Vana-Antsla_vallavalitsus, lk 12
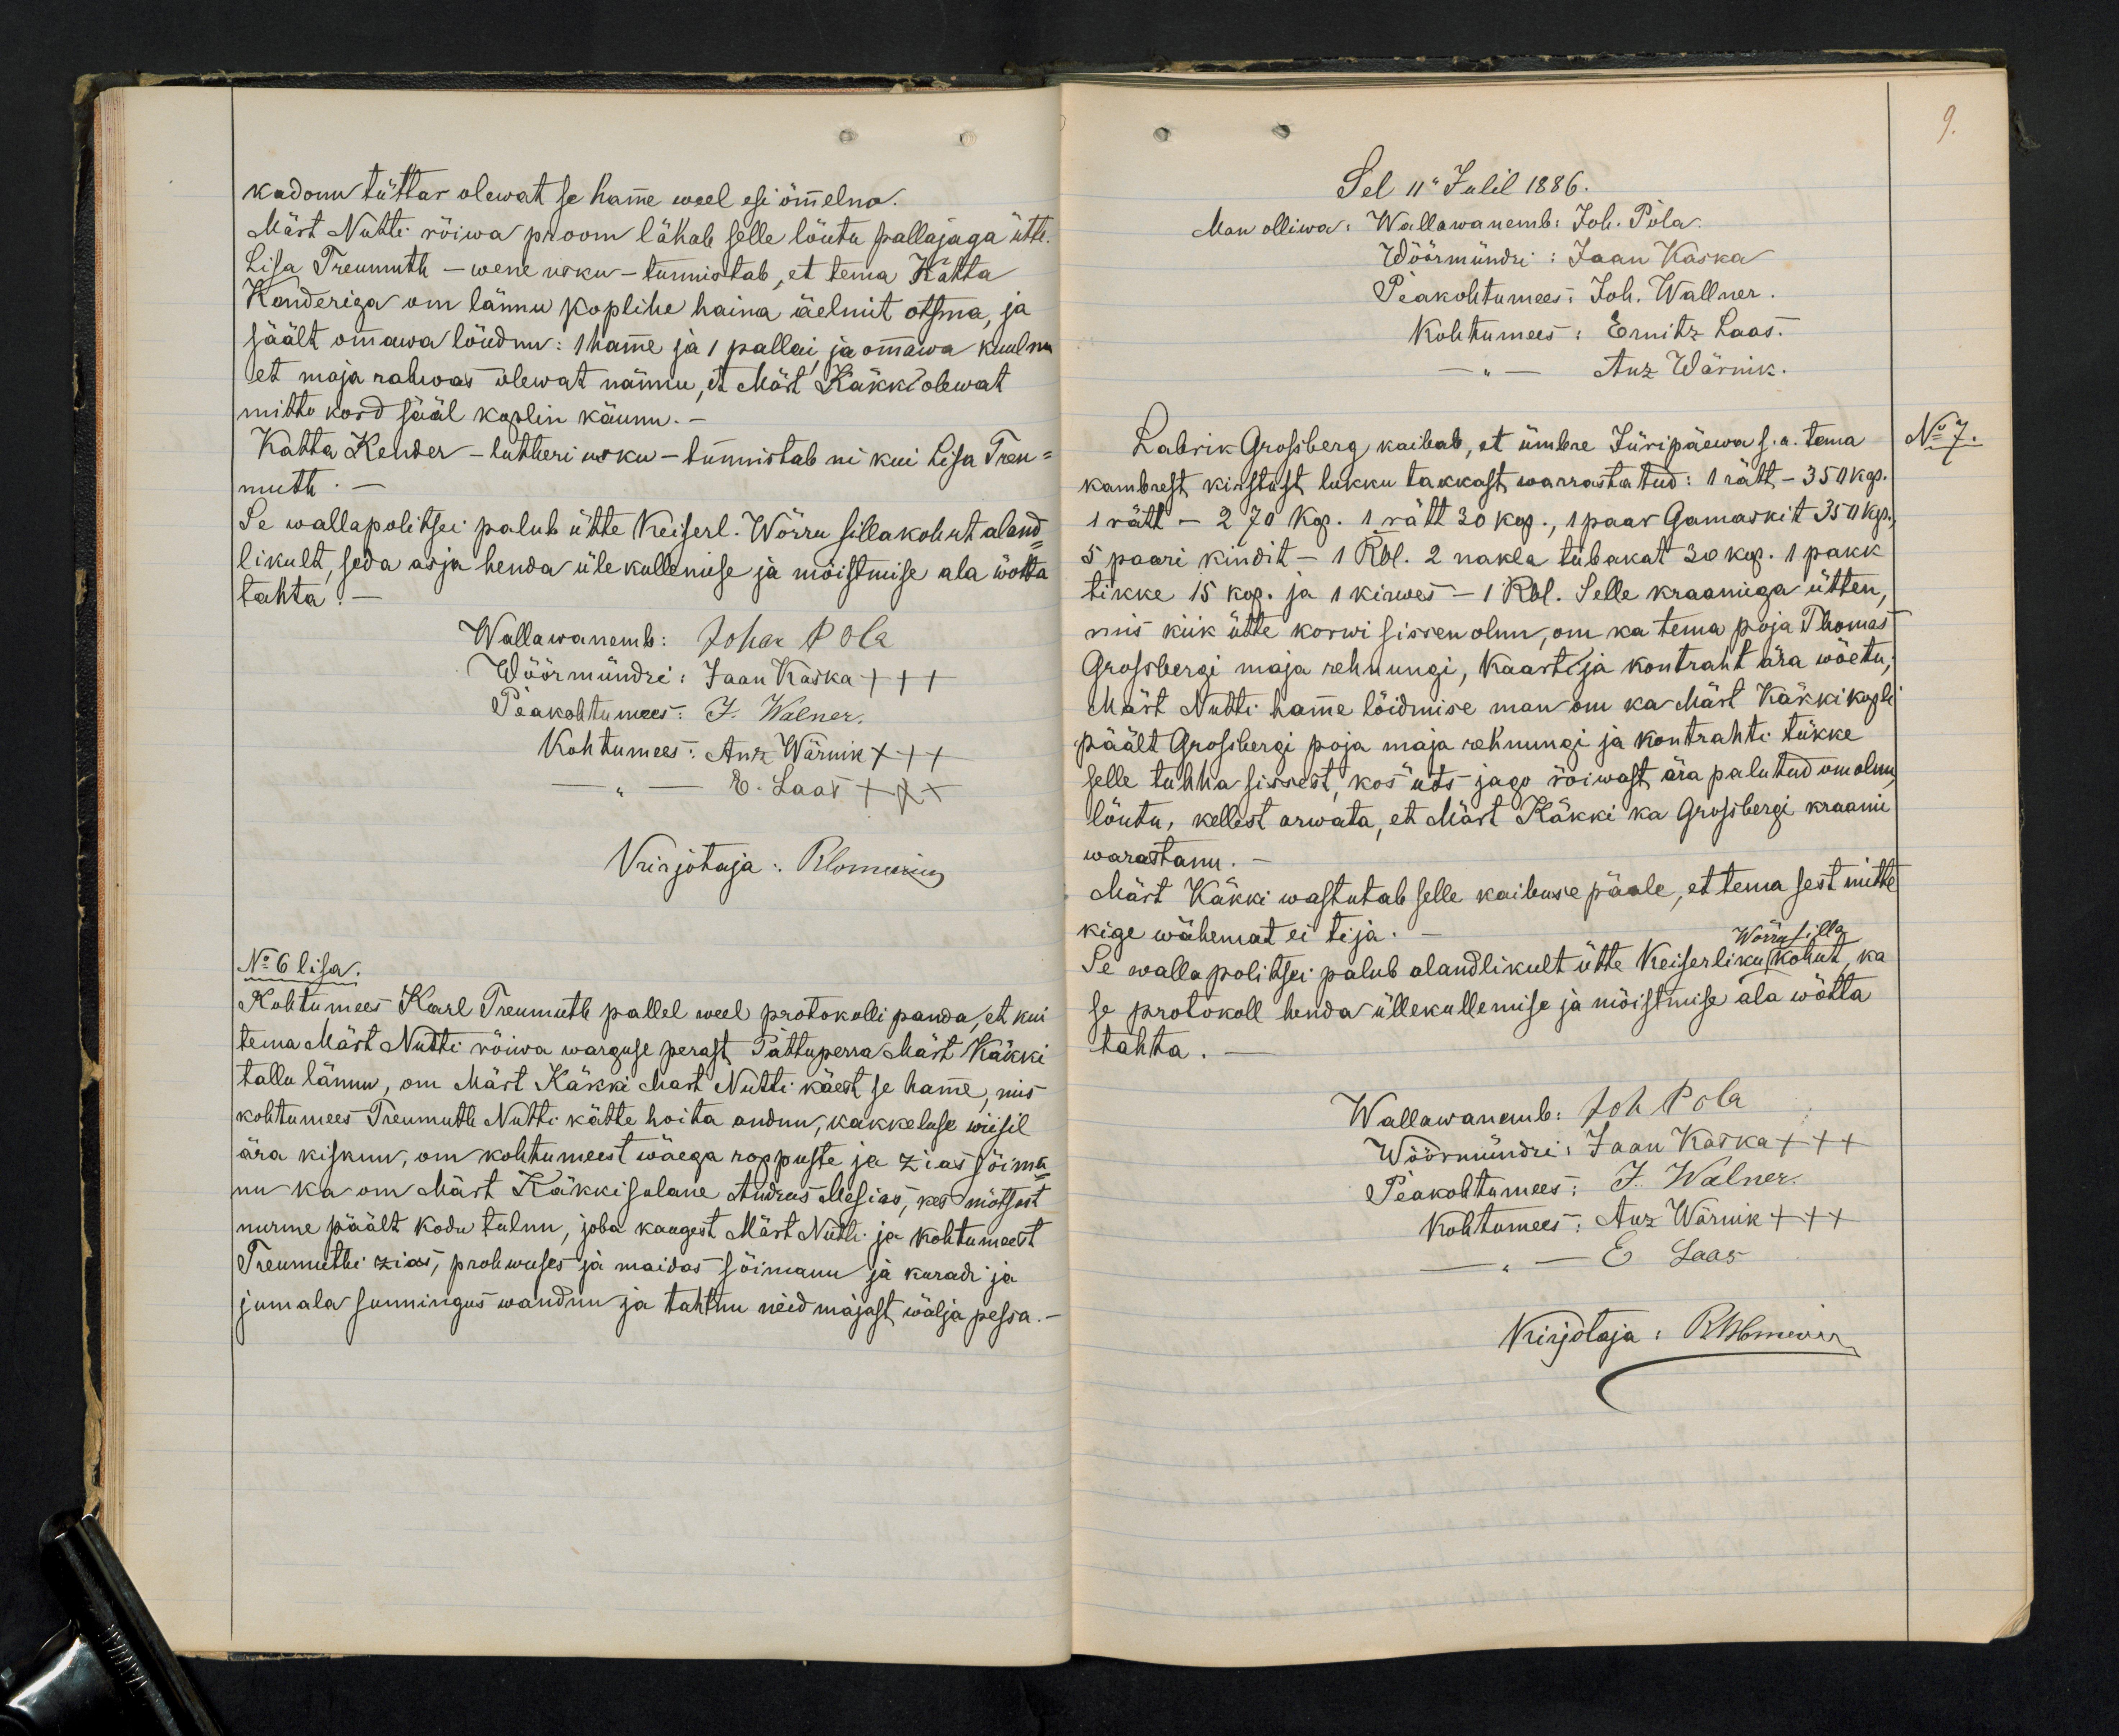
kadonu tüttar olewat se hamme weel esi õmmelno.
Mäst Nutti rõiwa proom lähab selle lõutu pallajaga ütte.
Lisa Treumuth - wene usku - tunnistab, et tema Kätta
Kenderiga on lännu koplihe haina äelmit otsma, ja
säält ommawa löudnu: 1 hamme ja 1 pallai ja ommawa kuulnu
et maja rahwas olewat nännu, et Mät Käkki olewat
mitto kord sääl koplin käunu.-
Katta Kender - lutheri usku - tunnistab ni kui Lisa Tru-
muth.
Se wallapolitsei palub ütte Keiserl. Wõrru silla kohut aland-
likult, seda asja henda üle kullemise ja mõistmise ala wõtta
tahta.
Wallawanemb: Johan Pola
Wöörmündri: Jaan Kaska +++
Peakohtumees: J. Walner.
Kohtumees: Anz Wärnik +++
E. Laas XXX
Kirjotaja: Blomering
No 6 lisa.
Kohtumees Karl Treumuth pallel weel protokolli panda, et kui
tema Märt Nutti rõiwa warguse perast Pattuperra Märt Käkki
tallu lännu, on Märt Käkki Mart Nutti käest se hamme, mis
kohtumees Treumuth Nutti kätte hoita andnu, kakkeluse wiisil
ära kisknu, om kohtumeest wäega roppuste ja zias sõima-
nu ka om Märt Käkki sulane Andrus Mesias, kes mõtsast
nurme päält kodu tulnu, joba kaugest Märt Nutti ja kohtumeest
Tremmuthi zias, prohwuses ja maidas sõimanu ja kuradi ja
jumala sunningus wandnu ja tahtnu neid majast wälja pessa.

9.
Sel 11 Julil 1886.
Man olliwa: Wallawanemb: Joh. Pola
Wöörmündri: Jaan Kaska
Peakohtumees: Joh. Wallner.
Kohtumees: Ernitz Laas.
Anz Wärnik.
Labrik Grossberg, kaibab, et ümbre Jüripäewa s.a. tema
No 7.
kambrest kirstust lukku takkast warrastatud: 1 rätt - 350 kop
1 rätt - 270 kop. 1 rätt 30 kop., 1 paar Gamaskit 350 kop
5 paari kindit - 1 Rbl. 2 nakla tubakat 30 kop. 1 pakk
tikke 15 kop. ja 1 kirwes - 1 Rbl. Selle kraamiga ütten
mis kiik ütte korwi sissen olinu, om ka tema poja Thomas
Grossbergi maja rehnungi, kaarti ja kontraht ära wõetu;
Mart Nutti hämme lõidmise man om ka Märt Käkki kopli
päält Grossbergi poja maja rehnungi ja kontrahti tükke
selle tuhha sissest, kos üts jago rõiwast ära palutud om olnud,
lõutu, kellest arwata, et Märt Käkki ka Grossbergi kraami
warastanu.
Märt Käkki wastutab selle kaibuse pääle, et tema sest mitte
kige wähemat ei tija.
Wõrru silla
Se walla politsei palub alandlikult ütte Keiserliku kohut, ka
se protokoll henda üllekullemise ja mõistmise ala wõtta
tahta.-
Wallawanemb: Joh Pola
Wöörmündri: Jaan Kaska +++
Peakohtumees: J. Walner.
Kohtumees: Anz Wärnik +++
E Laas
Kirjotaja: RBlomering